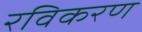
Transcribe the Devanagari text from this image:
रविकरण